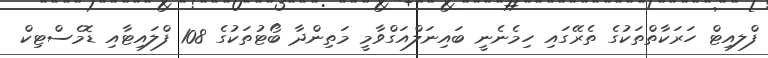
ފްލއިޓް ހަރަކާތްތަކުގެ ތެރޭގައި ހިމެނެނީ ބައިނަލްއަގްވާމީ މަތިންދާ ބޯޓުތަކުގެ 108 ފްލައިޓާއި ޑޮމެސްޓިކް